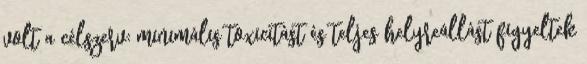
volt a célszerv: minimális toxicitást és teljes helyreállást figyeltek